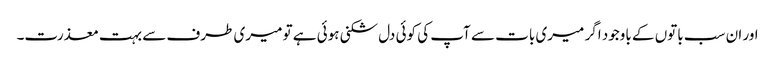
اور ان سب باتوں کے باوجود اگر میری بات سے آپ کی کوئی دل شکنی ہوئی ہے تو میری طرف سے بہت معذرت۔